Calcutta medical institutions reports 1879-81 [i.e.91]
Year: 1879
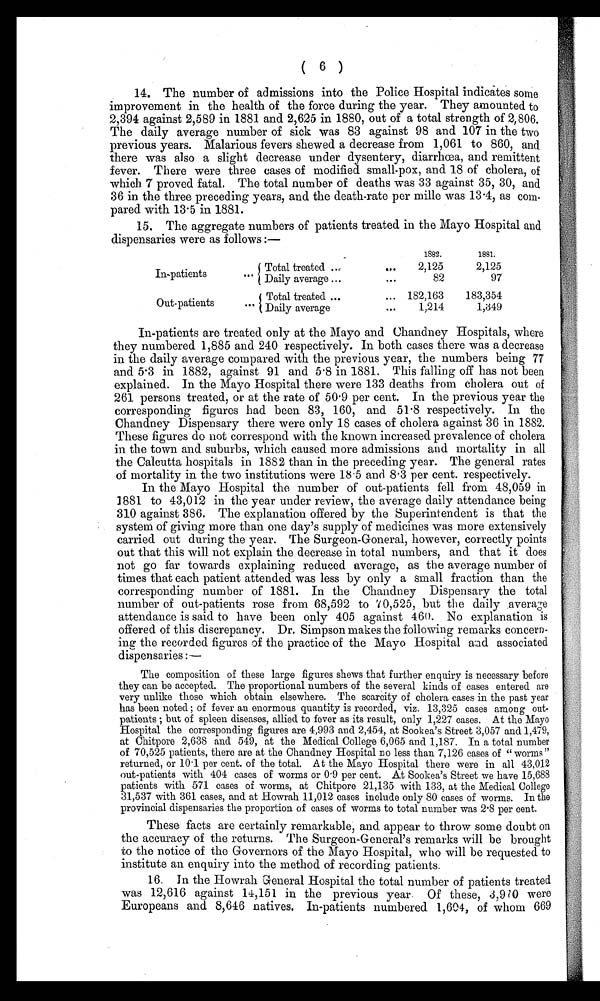
( 6 )
14. The number of admissions into the Police Hospital indicates some
improvement in the health of the force during the year. They amounted to
2,394 against 2,589 in 1881 and 2,625 in 1880, out of a total strength of 2,806.
The daily average number of sick was 83 against 98 and 107 in the two
previous years. Malarious fevers shewed a decrease from 1,061 to 860, and
there was also a slight decrease under dysentery, diarrhœa, and remittent
fever. There were three cases of modified small-pox, and 18 of cholera, of
which 7 proved fatal. The total number of deaths was 33 against 35, 30, and
36 in the three preceding years, and the death-rate per mille was 13.4, as com-
pared with 13.5 in 1881.
15. The aggregate numbers of patients treated in the Mayo Hospital and
dispensaries were as follows :—
In-patients
1882.
1881.
Total treated ...
...
2,125
2,125
. . . Daily average ...
. . .
82
97
O ut -patients
. . . Total treated ...
... 182,163
183,354
. . . Daily average
...
1,214
1,349
In-patients are treated only at the Mayo and Chandney Hospitals, where
they numbered 1,885 and 240 respectively. In both cases there was a decrease
in the daily average compared with the previous year, the numbers being 77
and 5.3 in 1882, against 91 and 5.8 in 1881. This falling off has not been
explained. In the Mayo Hospital there were 133 deaths from cholera out of
261 persons treated, or at the rate of 50.9 per cent. In the previous year the
corresponding figures had been 83, 160, and 51.8 respectively. In the
Chandney Dispensary there were only 18 cases of cholera against 36 in 1882.
These figures do not correspond with the known increased prevalence of cholera
in the town and suburbs, which caused more admissions and mortality in all
the Calcutta hospitals in 1882 than in the preceding year. The general rates
of mortality in the two institutions were 18.5 and 8.3 per cent. respectively.
In the Mayo Hospital the number of out-patients fell from 48,059 in
1881 to 43,012 in the year under review, the average daily attendance being
310 against 386. The explanation offered by the Superintendent is that the
system of giving more than one day's supply of medicines was more extensively
carried out during the year. The Surgeon-Goneral, however, correctly points
out that this will not explain the decrease in total numbers, and that it does
not go far towards explaining reduced average, as the average number of
times that each patient attended was less by only a small fraction than the
corresponding number of 1881. In the Chandney Dispensary the total
number of out-patients rose from 68,592 to 70,525, but the daily average
attendance is said to have been only 405 against 460. No explanation is
offered of this discrepancy. Dr. Simpson makes the following remarks concern-
ing the recorded figures of the practice of the Mayo Hospital and associated
dispensaries :—
The composition of these large figures shows that further enquiry is necessary before
they can be accepted. The proportional numbers of the several kinds of cases entered are
very unlike those which obtain elsewhere. The scarcity of cholera cases in the past year
has been noted ; of fever an enormous quantity is recorded, viz. 13,325 cases among out--
p a t i e n t s ; b u t o f s p l e e n d i s e a s e s , a l l i e d t o f e v e r a s i t s r e s u l t , o n l y 1 , 2 2 7 c a s e s . A t t h e M a y o
Hospital the corresponding figures are 4,993 and 2,454, at Sookea's Street 3,057 and 1,479,
at Chitpore 2,638 and 549, at the Medical College 6,065 and 1,187. In a total number
of 70,525 patients, there are at the Chandney Hospital no less than 7,126 cases of "worms"
returned, or 10.1 per cent. of the total. At the Mayo Hospital there were in all 43,012
out-patients with 404 cases of worms or 0.9 per cent. At Sookea's Street we have 15,688
patients with 571 cases of worms, at Chitpore 21,135 with 133, at the Medical College
31,537 with 361 cases, and at Howrah 11,012 cases include only 80 cases of worms. In the
provincial dispensaries the proportion of cases of worms to total number was 2.8 per cent.
These facts are certainly remarkable, and appear to throw some doubt on
the accuracy of the returns. The Surgeon-General's remarks will be brought
to the notice of the Governors of the Mayo Hospital, who will be requested to
institute an enquiry into the method of recording patients.
16. In the Howrah General Hospital the total number of patients treated
was 12,616 against 14,151 in the previous year. Of these, 3,970 were
Europeans and 8,646 natives. In-patients numbered 1,604, of whom 669